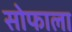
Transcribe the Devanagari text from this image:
सोफाला